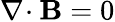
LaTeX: \nabla\! \cdot\boldsymbol{\mathbf{B}}=0